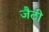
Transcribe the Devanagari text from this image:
जैटी